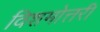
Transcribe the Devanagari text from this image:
विशमोत्तरी